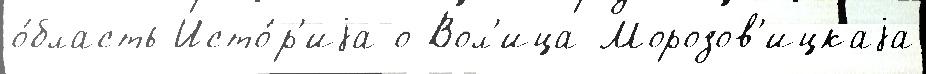
о́бласть Исто́р'иjа о Вол'ица-Морозов'ицкаjа